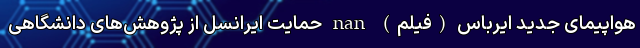
هواپیمای جدید ایرباس (فیلم) nan حمایت ایرانسل از پژوهش‌های دانشگاهی